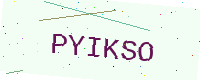
Text: PYIKSO